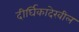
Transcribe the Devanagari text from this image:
दीर्घिकादेखील